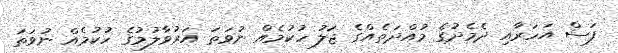
ފަސް އަހަރާއި ދެމެދުގެ މުއްދަތެއްގެ ޖަލު ހުކުމެއް ނުވަތަ އަރުވާލުމުގެ ހުކުމެއް ނުވަތަ